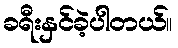
ခရီးနှင်ခဲ့ပါတယ်။